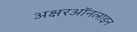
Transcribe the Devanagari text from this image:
अक्षरऑनलाइन